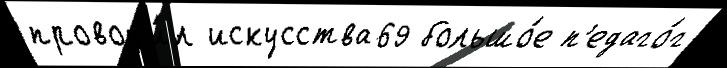
провод'и́л искусства69 большо́е п'едаго́г